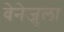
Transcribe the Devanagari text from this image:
वेनेजुला